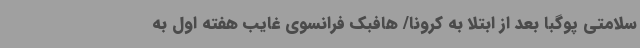
سلامتی پوگبا بعد از ابتلا به کرونا/ هافبک فرانسوی غایب هفته اول به